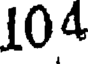
104